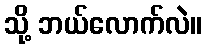
သို့ ဘယ်လောက်လဲ။